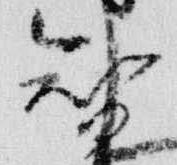
智